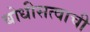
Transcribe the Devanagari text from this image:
बोधीसत्वाची